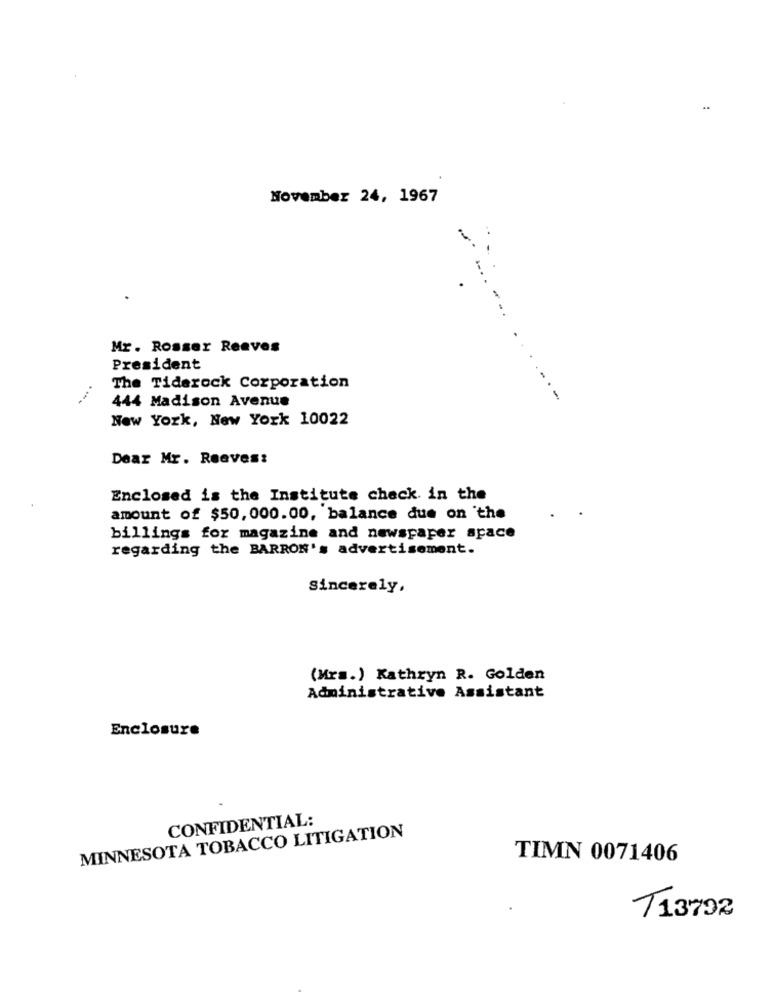
November 24, 1967
Mr. Rosser Reeves
President
...
The Tiderock Corporation
444 Madison Avenue
New York, New York 10022
Dear Mr. Reeves:
Enclosed is the Institute check. in the
amount of $50, 000.00, balance due on the
billings for magazine and newspaper space
regarding the BARRON's advertisement.
sincerely,
(Mrs.) Kathryn R. Golden
Administrative Assistant
Enclosure
CONFIDENTIAL:
MINNESOTA TOBACCO LITIGATION
TIMN 0071406
713792